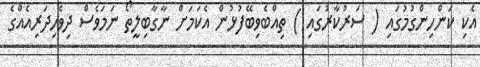
އެކި ކަންހިންގުމުގައި ( ސަރުކާރުގައި ) ތިއްބެވިބޭފުޅުން އެކަމަށް ނާގާބިލީތޯ ނަމަވެސް ދިވެހިދަރިއެއްގެ